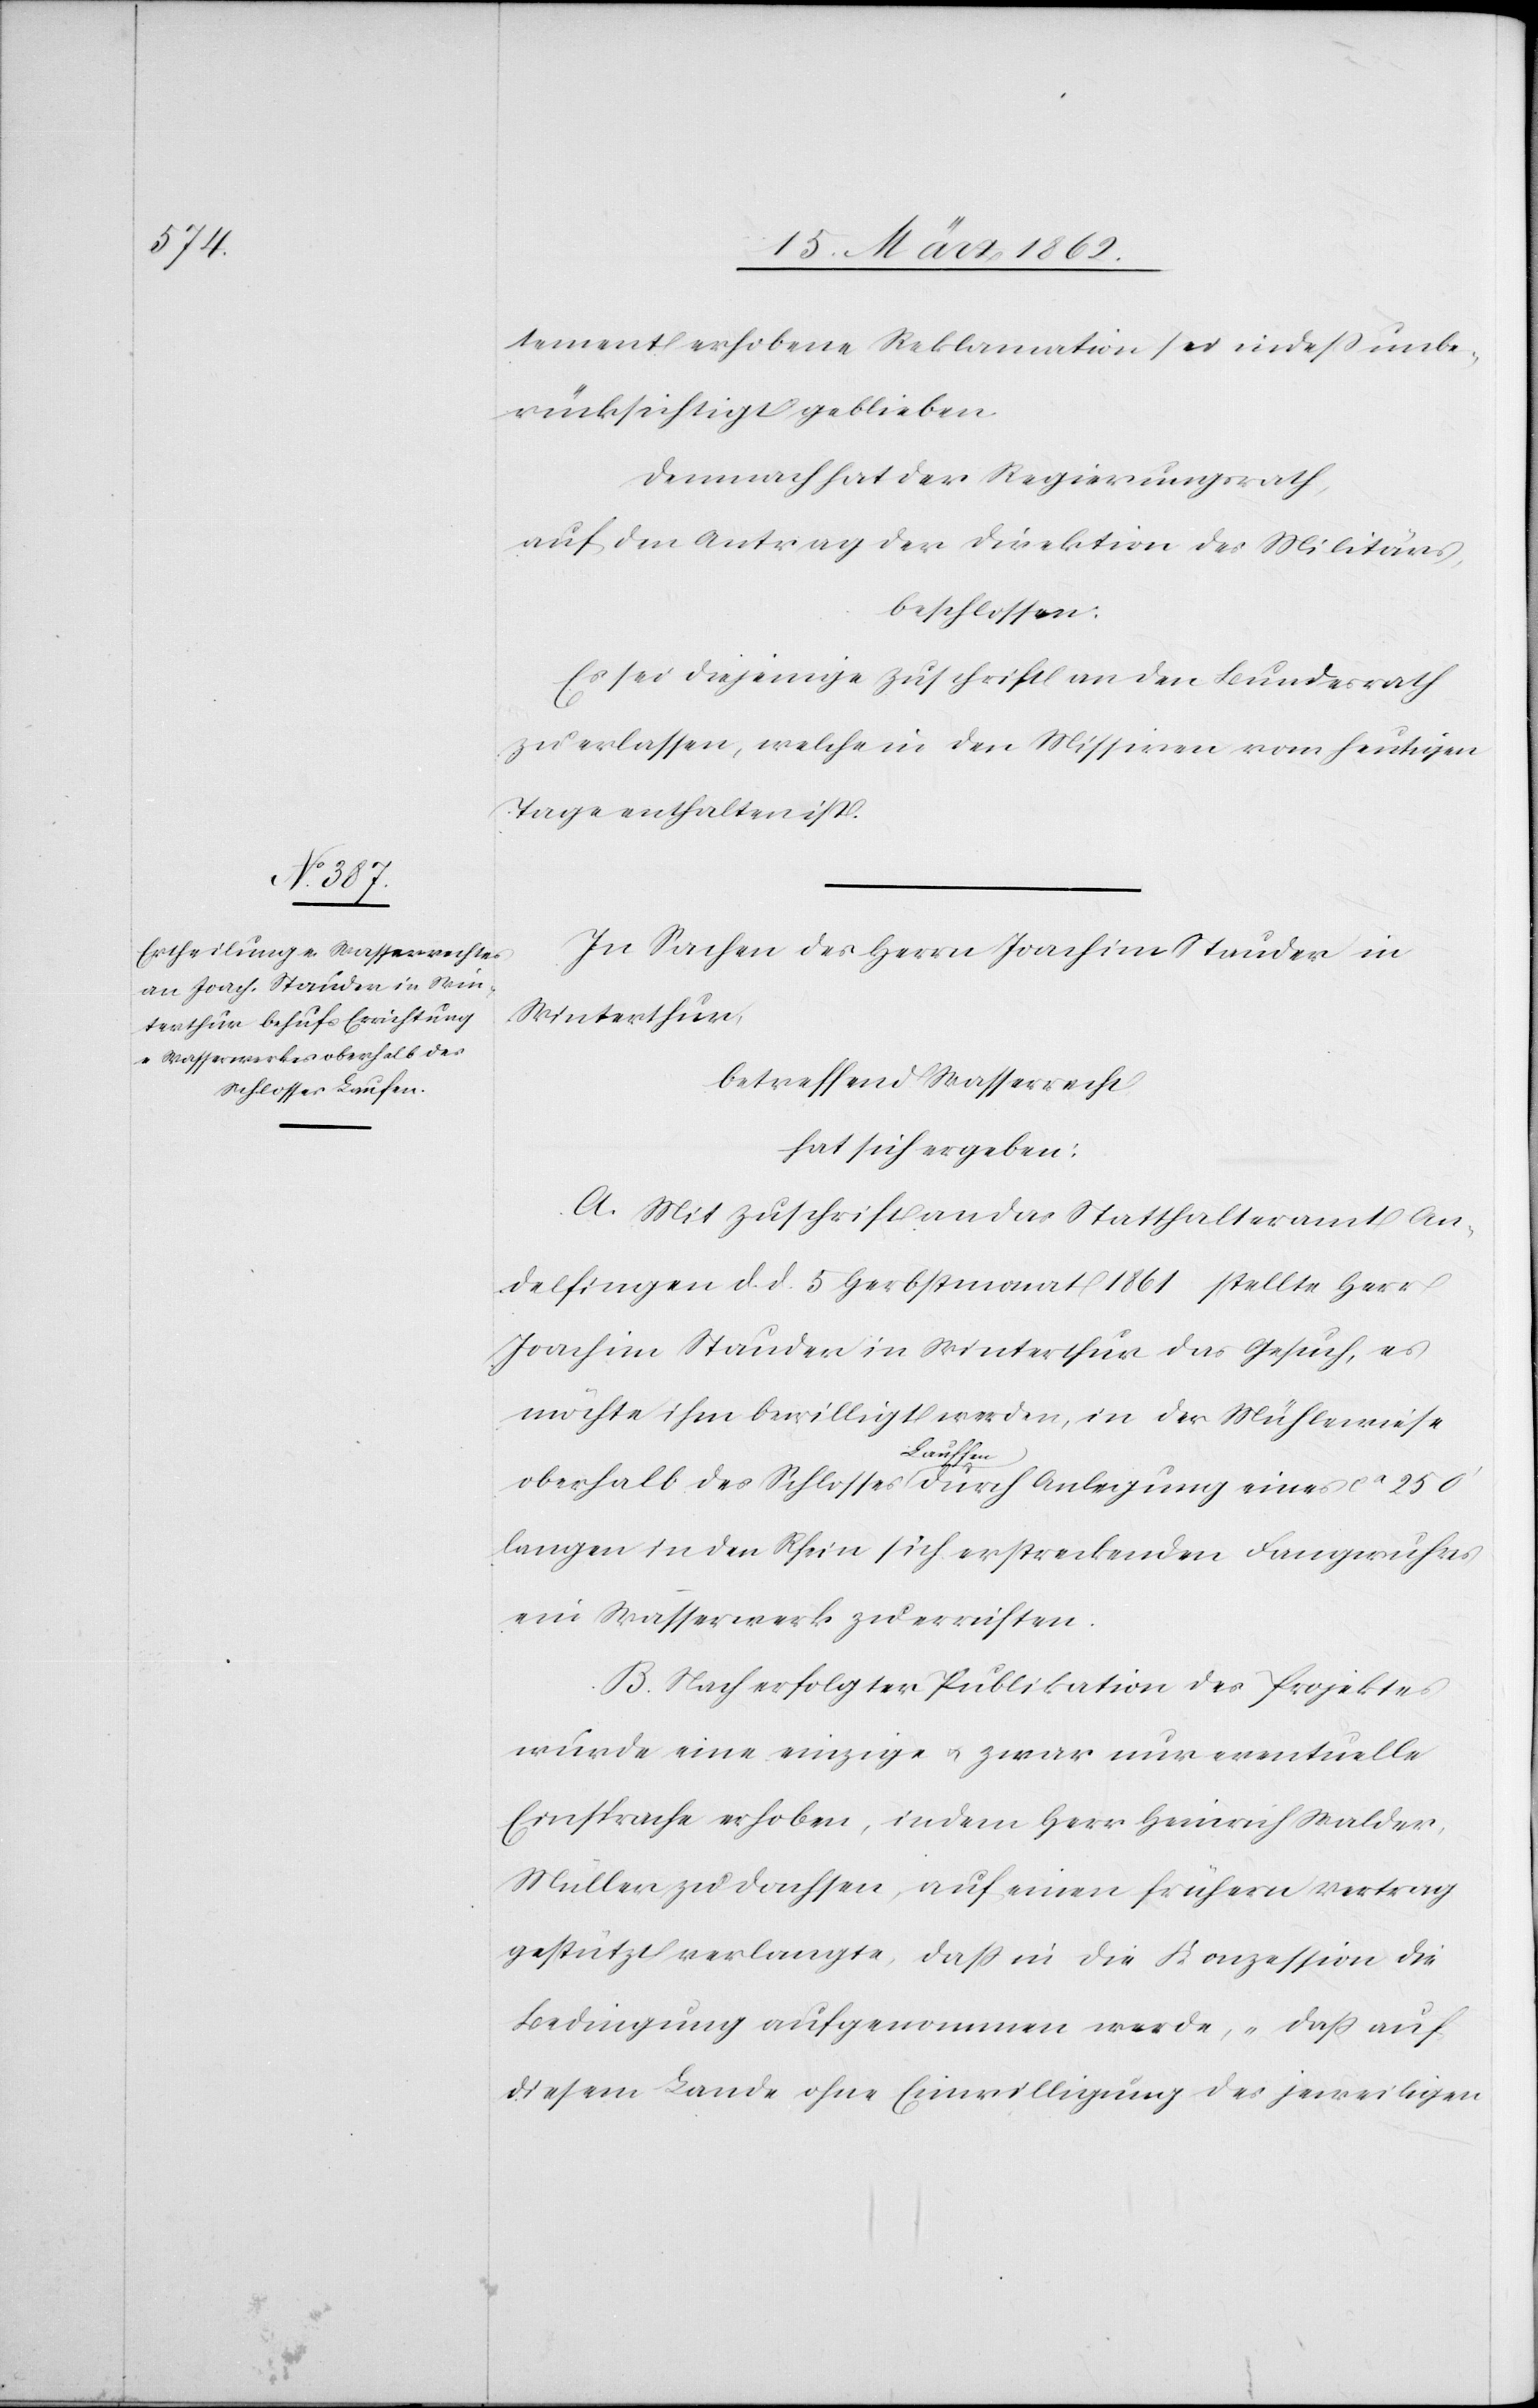
Schlosses a-Lauffen-a

tement erhobene Reklamation sei indeß unbe¬
rücksichtigt geblieben.
Demnach hat der Regierungsrath,
auf den Antrag der Direktion des Militärs,
beschlossen:
Es sei diejenige Zuschrift an den Bundesrath
zu erlassen, welche in der Missiven vom heutigen
Tage enthalten ist.
In Sachen des Herrn Joachim Stauder in
Winterthur
betreffend Wasserrecht
hat sich ergeben:
A. Mit Zuschrift an das Statthalteramt An¬
delfingen d. d. 5 Herbstmonat 1861 stellte Herr
Joachim Stauder in Winterthur das Gesuch, es
möchte ihm bewilligt werden, in der Mühlewiese
eines ca
langen in den Rhein sich erstreckenden Fangwuhrs
ein Wasserwerk zu errichten.
B. Nach erfolgter Publikation des Projektes
wurde eine einzige u. zwar nur eventuelle
Einsprache erhoben, indem Herr Heinrich Walder,
Müller zu Dachsen, auf einen frühern Vertrag
gestützt verlangte, daß in die Konzession die
Bedingung aufgenommen werde, „daß auf
diesem Lande ohne Einwilligung des jeweiligen